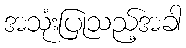
အသုံးပြုသည့်အခါ